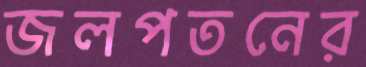
জলপতনের